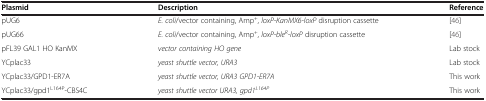
| Plasmid | Description | Reference |
 | --- | --- | --- |
 | pUG6 | E. coli/vector containing, Amp+, loxP-KanMX6-loxP disruption cassette | [46] |
 | pUG66 | E. coli/vector containing, Amp+, loxP-bleR-loxP disruption cassette | [46] |
 | pFL39 GAL1 HO KanMX | vector containing HO gene | Lab stock |
 | YCplac33 | yeast shuttle vector, URA3 | Lab stock |
 | YCplac33/GPD1-ER7A | yeast shuttle vector, URA3 GPD1-ER7A | This work |
 | YCplac33/gpd1L164P-CBS4C | yeast shuttle vector URA3, gpd1L164P | This work |